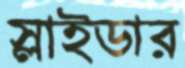
স্লাইডার